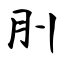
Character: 刖